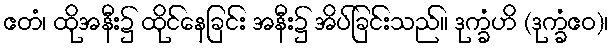
ဧတံ၊ ထိုအနီး၌ ထိုင်နေခြင်း အနီး၌ အိပ်ခြင်းသည်။ ဒုက္ခံဟိ (ဒုက္ခံဧဝ)၊